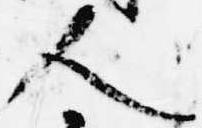
人